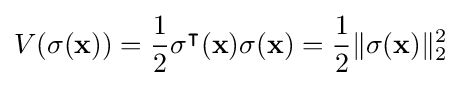
V(\sigma (\mathbf {x} ))={\frac {1}{2}}\sigma ^{\intercal }(\mathbf {x} )\sigma (\mathbf {x} )={\frac {1}{2}}\|\sigma (\mathbf {x} )\|_{2}^{2}